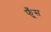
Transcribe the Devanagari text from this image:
फूँस